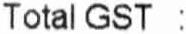
TOTAL GST :